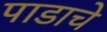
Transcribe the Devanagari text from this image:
पाडाचे